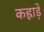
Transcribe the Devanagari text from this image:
कह्राड़े